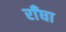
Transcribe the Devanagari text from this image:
राँघा